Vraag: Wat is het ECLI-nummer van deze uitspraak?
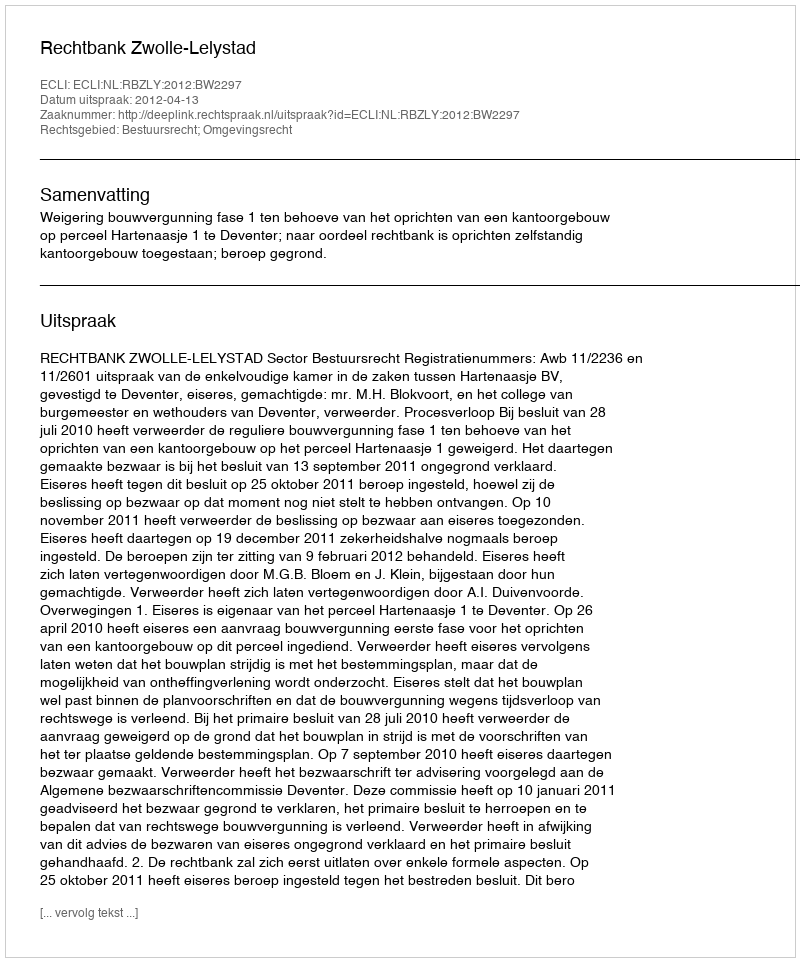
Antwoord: ECLI:NL:RBZLY:2012:BW2297